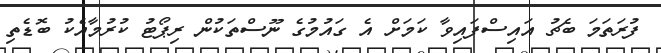
ފުރަތަމަ ބެޗު އައިސްފައިވާ ކަމަށް އެ ގައުމުގެ ނޫސްތަކުން ރިޕޯޓު ކުރުމާއެކު ބޮޑެތި